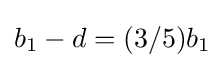
b_{1}-d=(3/5)b_{1}